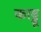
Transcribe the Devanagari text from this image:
काड्डू